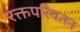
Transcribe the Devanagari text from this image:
रक्तपरिवतन